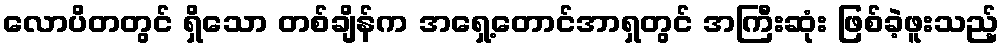
လောပိတတွင် ရှိသော တစ်ချိန်က အရှေ့တောင်အာရှတွင် အကြီးဆုံး ဖြစ်ခဲ့ဖူးသည့်